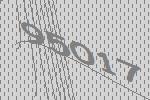
95017